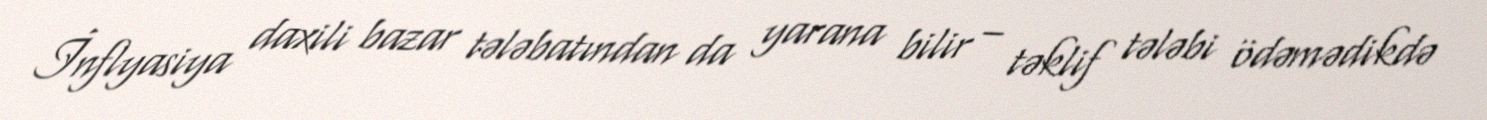
İnflyasiya daxili bazar tələbatından da yarana bilir – təklif tələbi ödəmədikdə